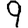
Digit: 9